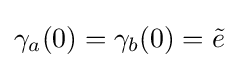
\gamma _{a}(0)=\gamma _{b}(0)={\tilde {e}}